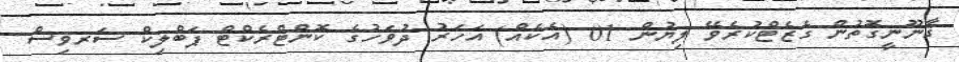
ޤާނޫނީގޮތުން ގެޒެޓްކުރެވޭ ލިޔުން 01 (އެކެއް) އަހަރު ދުވަހުގެ ކޮންޓްރެކްޓް ޕަބްލިކް ސަރވިސް